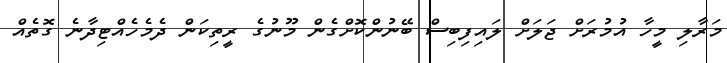
މަރާލި މީހާ އުމުރަށް ޖަލަށް ލައިފިބިސް ބޭނުންކޮށްގެން މޫނުގެ ރީތިކަން ދެމެހެއްޓިދާނެ ގޮތެއް